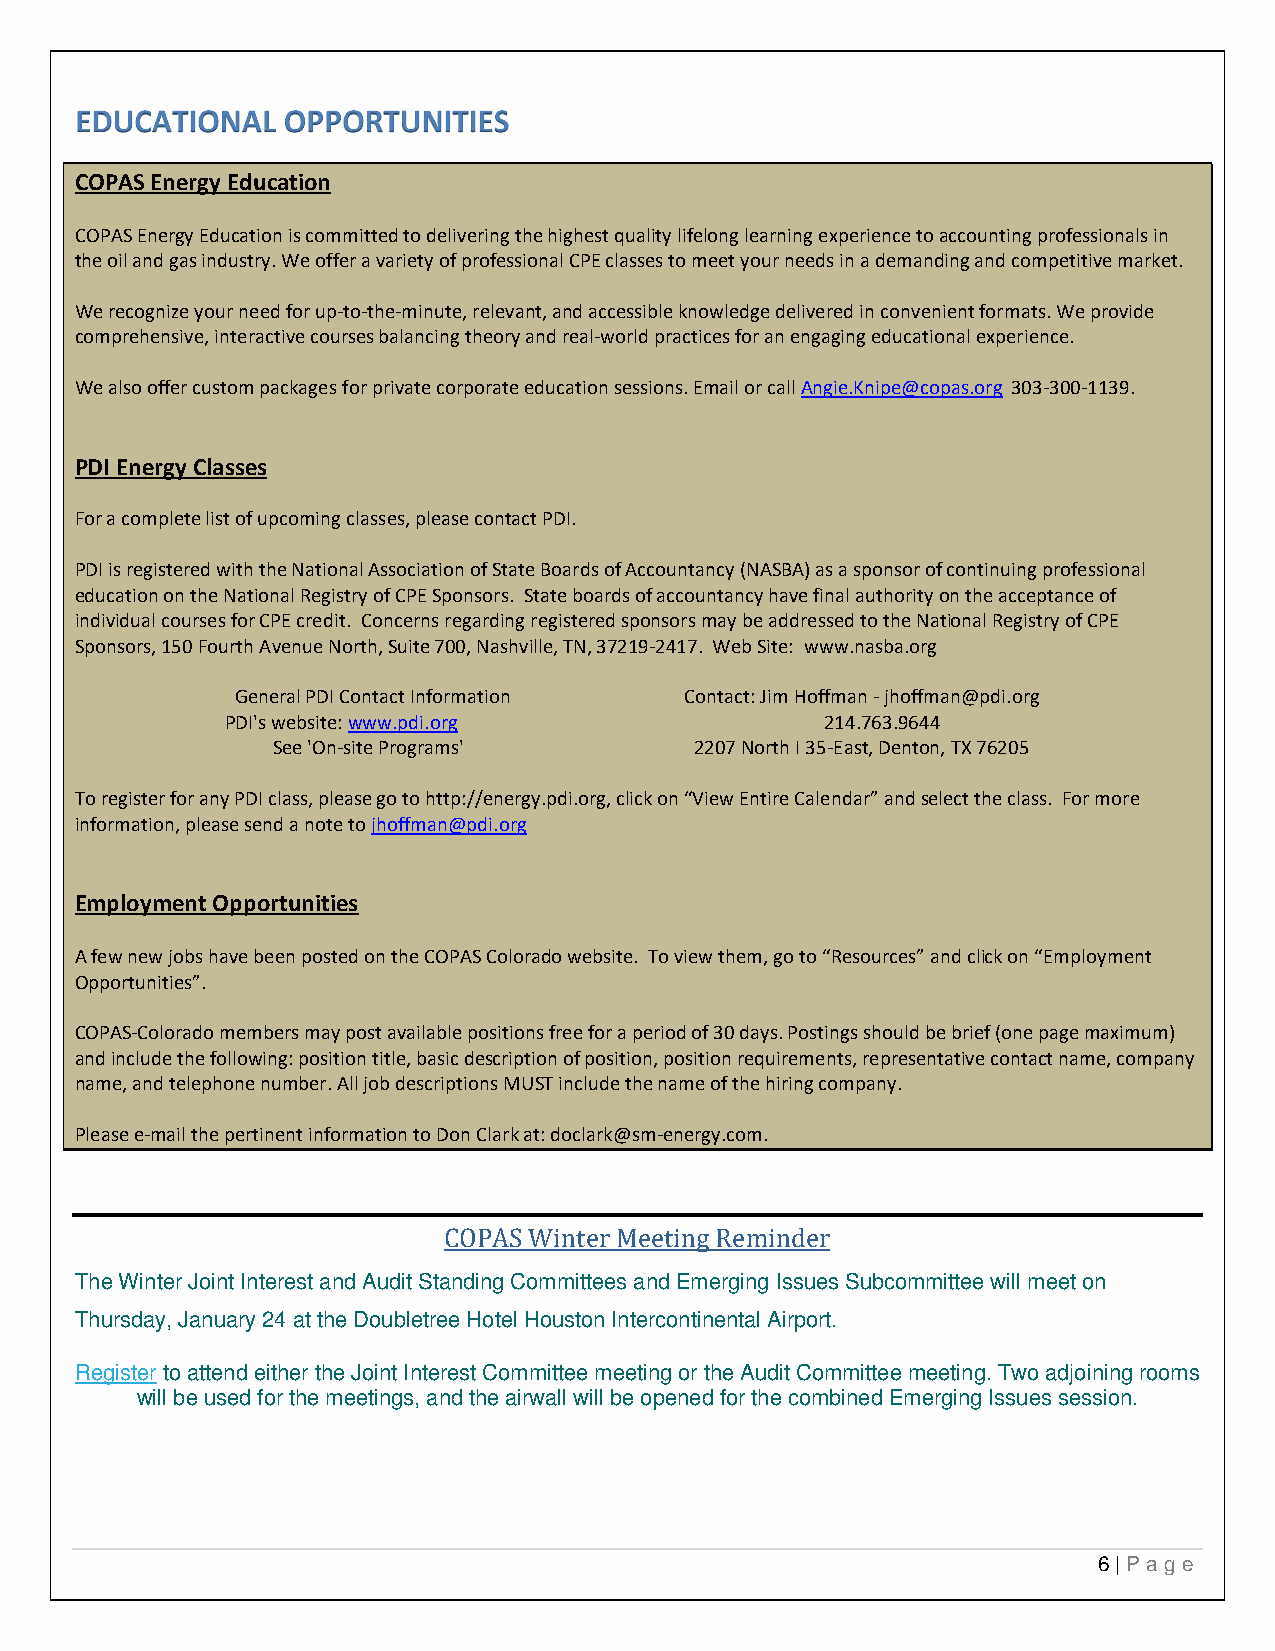
EDUCATIONAL   OPPORTUNITIES
 COPAS Energy Education
 COPAS Energy Education is committed to delivering the highest quality lifelong learning experience to accounting professionals in
 the oil and gas industry. We offer a variety of professional CPE classes to meet your needs in a demanding and competitive market.
 We recognize your need for up-to-the-minute, relevant, and accessible knowledge delivered in convenient formats. We provide
 comprehensive, interactive courses balancing theory and real-world practices for an engaging educational experience.
 We also offer custom packages for private corporate education sessions. Email or call Angie.Knipe@copas.org 303-300-1139.
 PDI Energy Classes
 For a complete list of upcoming classes, please contact PDI.
 PDI is registered with the National Association of State Boards of Accountancy (NASBA) as a sponsor of continuing professional
 education on the National Registry of CPE Sponsors. State boards of accountancy have final authority on the acceptance of
 individual courses for CPE credit. Concerns regarding registered sponsors may be addressed to the National Registry of CPE
 Sponsors, 150 Fourth Avenue North, Suite 700, Nashville, TN, 37219-2417. Web Site: www.nasba.org
 General PDI Contact Information Contact: Jim Hoffman - jhoffman@pdi.org
 PDI's website: www.pdi.org              214.763.9644
 See 'On-site Programs'      2207 North I 35-East, Denton, TX 76205
 To register for any PDI class, please go to http://energy.pdi.org, click on “View Entire Calendar” and select the class. For more
 information, please send a note to jhoffman@pdi.org
 Employment Opportunities
 A few new jobs have been posted on the COPAS Colorado website. To view them, go to “Resources” and click on “Employment
 Opportunities”.
 COPAS-Colorado members may post available positions free for a period of 30 days. Postings should be brief (one page maximum)
 and include the following: position title, basic description of position, position requirements, representative contact name, company
 name, and telephone number. All job descriptions MUST include the name of the hiring company.
 Please e-mail the pertinent information to Don Clark at: doclark@sm-energy.com.
 COPAS Winter Meeting Reminder
 The Winter Joint Interest and Audit Standing Committees and Emerging Issues Subcommittee will meet on
 Thursday, January 24 at the Doubletree Hotel Houston Intercontinental Airport.
 Register to attend either the Joint Interest Committee meeting or the Audit Committee meeting. Two adjoining rooms
 will be used for the meetings, and the airwall will be opened for the combined Emerging Issues session.
 6 | Pa ge